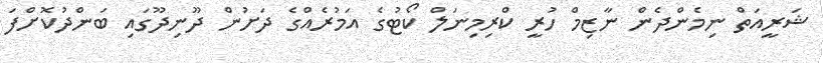
ޝަރީއަތް ނިމެންދެން ނާޒިމް ހުރީ ކްރިމިނަލް ކޯޓުގެ އަމުރެއްގެ ދަށުން ދޫނިދޫގައި ބަންދުކޮށްފަ